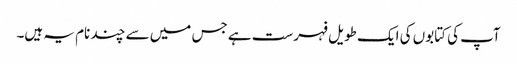
آپ کی کتابوں کی ایک طویل فہرست ہے جس میں سے چند نام یہ ہیں۔